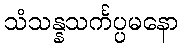
သံသန္နသင်္ကပ္ပမနော